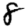
Digit: 8